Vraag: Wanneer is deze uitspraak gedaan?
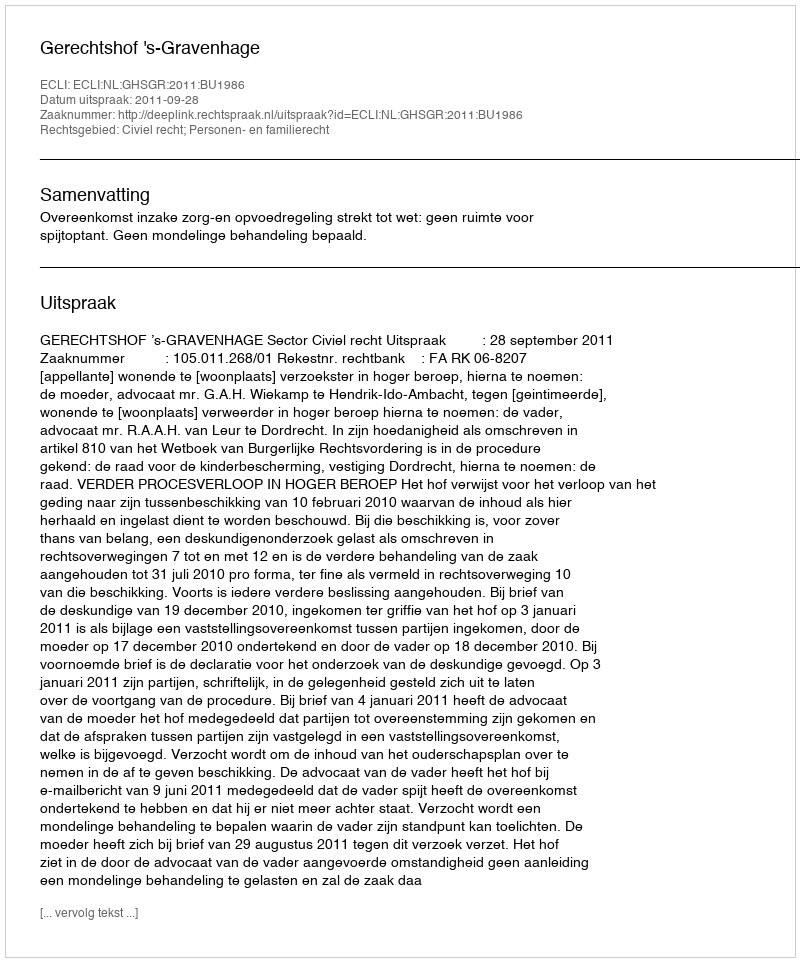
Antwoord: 2011-09-28